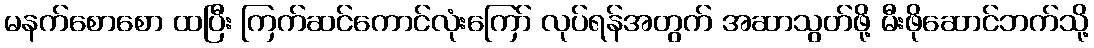
မနက်စောစော ထပြီး ကြက်ဆင်ကောင်လုံးကြော် လုပ်ရန်အတွက် အဆာသွတ်ဖို့ မီးဖိုဆောင်ဘက်သို့